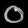
Digit: ၀